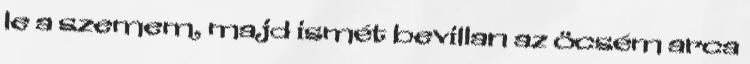
le a szemem, majd ismét bevillan az öcsém arca